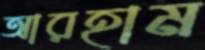
আরহাম